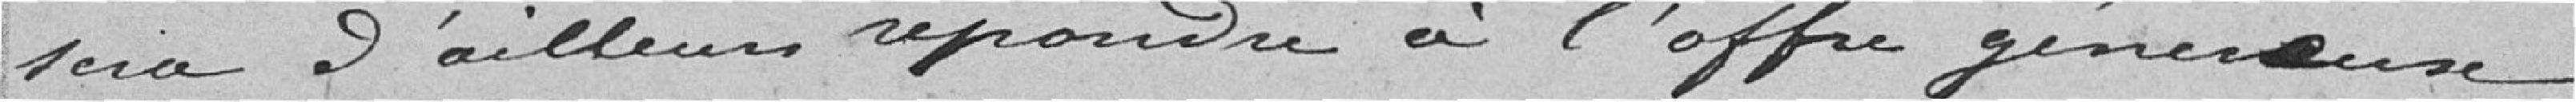
sera d'ailleurs répondre à l'offre généreuse